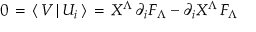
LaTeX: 0 \, = \, \langle \, V \, \vert \, U _ { i } \, \rangle \, = \, X ^ { \Lambda } \, \partial _ { i } F _ { \Lambda } - \partial _ { i } X ^ { \Lambda } \, F _ { \Lambda }